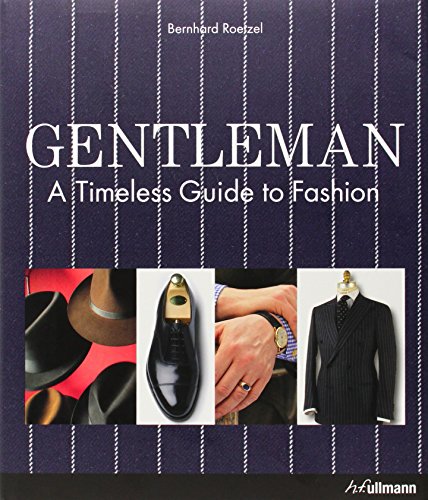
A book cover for Gentleman: A Timeless Guide to Fashion; Bernhard Roetzel; Arts & Photography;